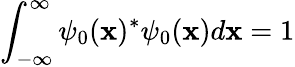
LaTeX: \int_{-\infty}^{\infty}\psi_{0}(\mathbf{x})^{*}\psi_{0}(\mathbf{x})d\mathbf{x}=1